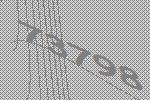
73798